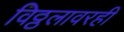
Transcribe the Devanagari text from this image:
विठ्ठलावरही